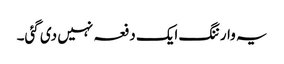
یہ وارننگ ایک دفعہ نہیں دی گئی۔